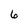
Character: 6